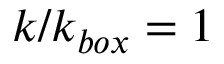
k / k _ { b o x } = 1